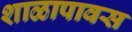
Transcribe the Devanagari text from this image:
शाळापावस